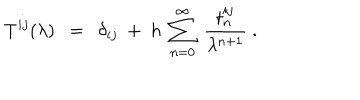
LaTeX: T ^ { i j } ( \lambda ) ~ ~ = ~ ~ \delta _ { i j } ~ + ~ h ~ \sum _ { n = 0 } ^ { \infty } ~ { \frac { t _ { n } ^ { i j } } { \lambda ^ { n + 1 } } } ~ .